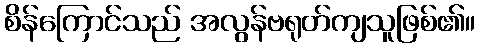
စိန်ကြောင်သည် အလွန်ဗရုတ်ကျသူဖြစ်၏။